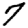
Digit: 7